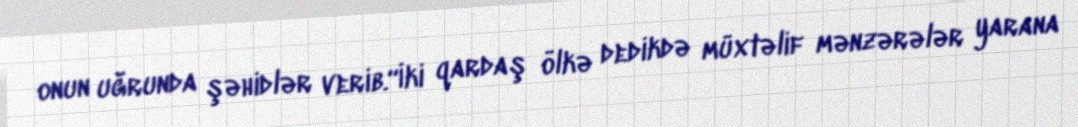
onun uğrunda şəhidlər verib.“İki qardaş ölkə dedikdə müxtəlif mənzərələr yarana